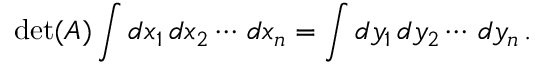
\operatorname* { d e t } ( A ) \int d x _ { 1 } \, d x _ { 2 } \cdots \, d x _ { n } = \int d y _ { 1 } \, d y _ { 2 } \cdots \, d y _ { n } \, .